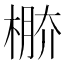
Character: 𣔷